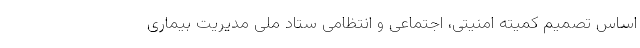
اساس تصمیم کمیته امنیتی، اجتماعی و انتظامی ستاد ملی مدیریت بیماری